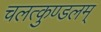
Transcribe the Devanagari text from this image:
चलत्कुण्डलम्